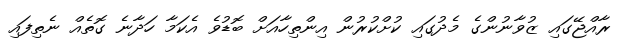
ރާއްޖޭގައި ޒުވާނުންގެ މެދުގައި ކުށްކުރުން އިންތިހާއަށް ބޮޑުވެ އެކަމާ ހަދާނެ ގޮތެއް ނެތިފައި